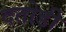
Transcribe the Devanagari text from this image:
दतोडी